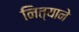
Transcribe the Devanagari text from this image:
नित्याने